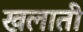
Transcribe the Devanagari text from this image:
खलाती